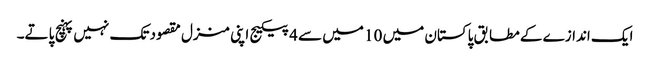
ایک اندازے کے مطابق پاکستان میں 10 میں سے 4 پیکیج اپنی منزل مقصود تک نہیں پہنچ پاتے۔